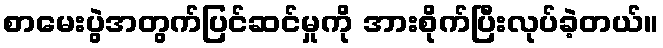
စာမေးပွဲအတွက်ပြင်ဆင်မှုကို အားစိုက်ပြီးလုပ်ခဲ့တယ်။